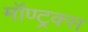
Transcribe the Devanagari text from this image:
मॉण्ट्रक्स